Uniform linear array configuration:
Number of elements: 4
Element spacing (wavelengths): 0.5
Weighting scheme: binomial
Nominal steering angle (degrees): -30
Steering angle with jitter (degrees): -28.777
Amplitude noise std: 0.05
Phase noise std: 0.05

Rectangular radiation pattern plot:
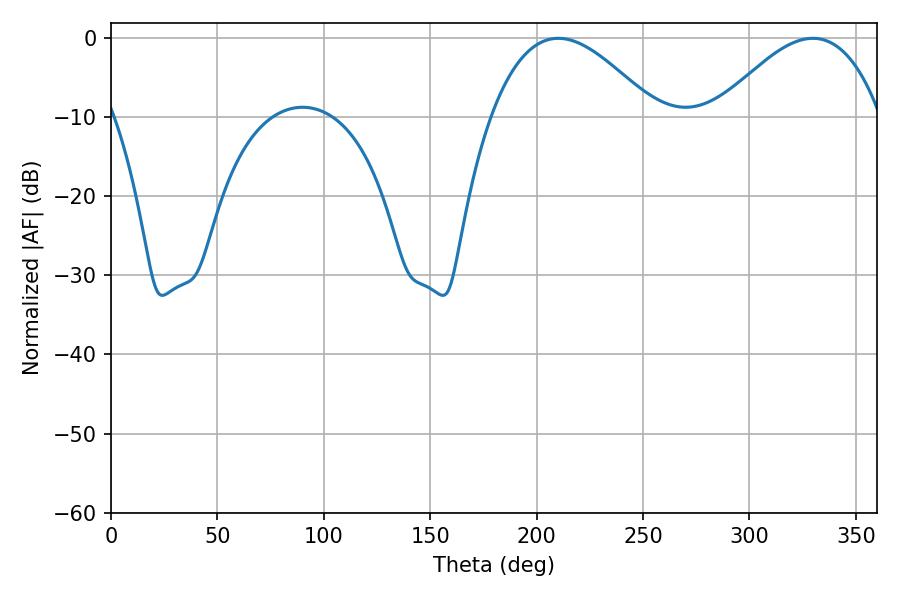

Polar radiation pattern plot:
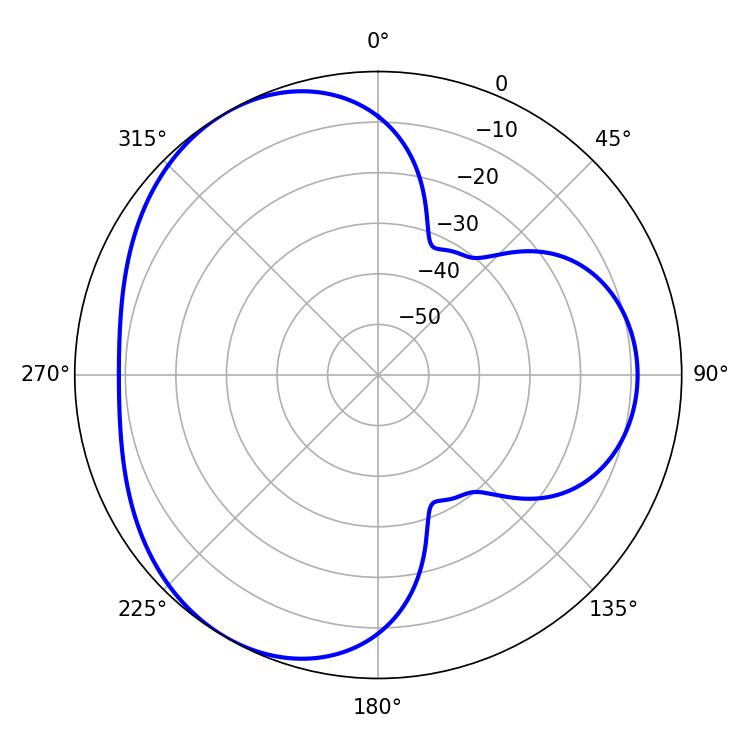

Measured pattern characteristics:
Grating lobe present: FALSE
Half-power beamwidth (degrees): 42.12
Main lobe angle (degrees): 329.76